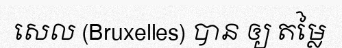
សេល (Bruxelles) បាន ឲ្យ តម្លៃ